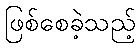
ဖြစ်စေခဲ့သည့်